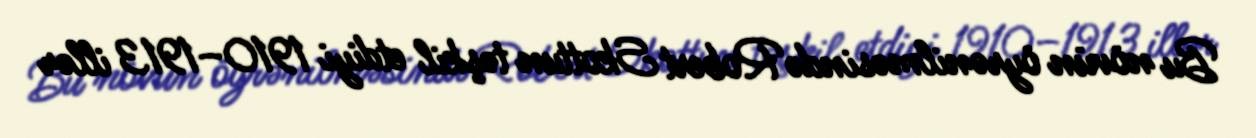
Bu növün öyrənilməsində Robert Skottun təşkil etdiyi 1910–1913 illər